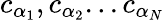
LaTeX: c_{\alpha_{1}},c_{\alpha_{2}}...c_{\alpha_{N}}